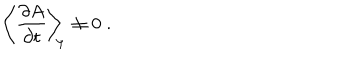
LaTeX: \left\langle \frac { \partial A } { \partial t } \right\rangle _ { \scriptstyle \! \! \Psi } \neq 0 \; .